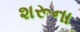
શરૂના